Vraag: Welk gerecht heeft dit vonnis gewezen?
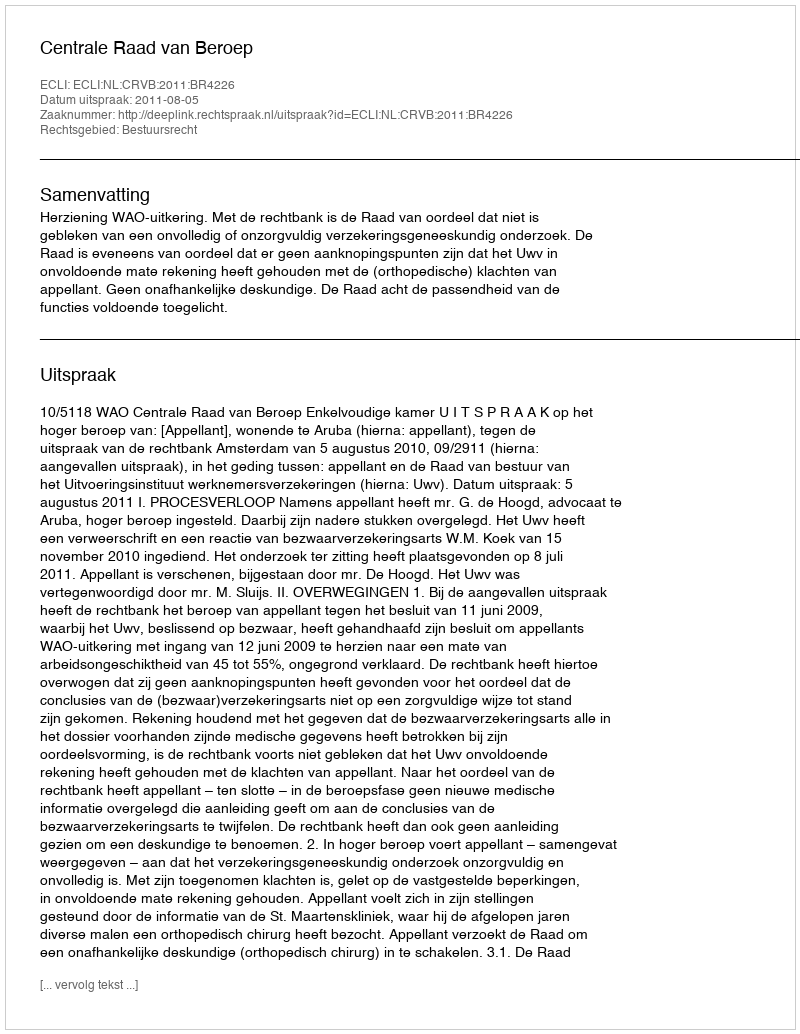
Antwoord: Centrale Raad van Beroep